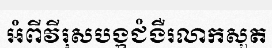
អំពីវីរុសបង្កជំងឺរលាកសួត